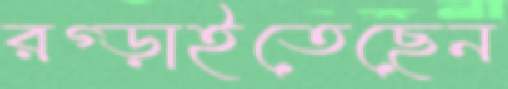
রগ্‌ড়াইতেছেন